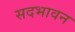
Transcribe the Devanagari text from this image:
सदभावन